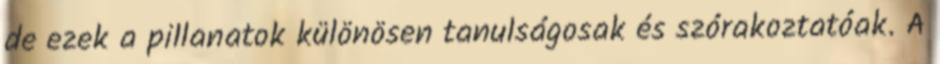
de ezek a pillanatok különösen tanulságosak és szórakoztatóak. A